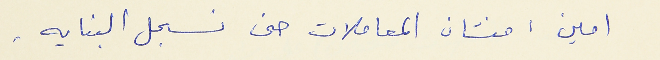
امين : منشان المعاملات حتى نسجل البنايه .